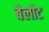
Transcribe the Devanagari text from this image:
बेलोट